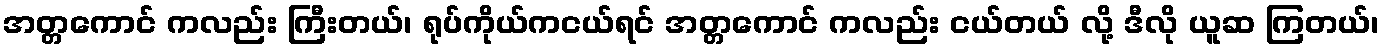
အတ္တကောင် ကလည်း ကြီးတယ်၊ ရုပ်ကိုယ်ကငယ်ရင် အတ္တကောင် ကလည်း ငယ်တယ် လို့ ဒီလို ယူဆ ကြတယ်၊